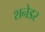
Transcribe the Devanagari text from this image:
शनेडर